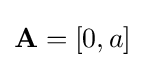
\mathbf {A} =[0,a]